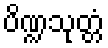
ပိဏ္ဍသုတ္တံ